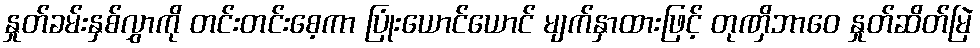
နှုတ်ခမ်းနှစ်လွှာကို တင်းတင်းစေ့ကာ ပြုံးယောင်ယောင် မျက်နှာထားဖြင့် တုဏှိဘာဝေ နှုတ်ဆိတ်မြဲ